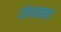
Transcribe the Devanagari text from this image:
वेबपन्ना